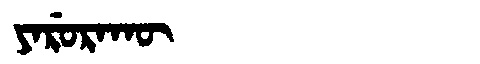
Manchu: ᠶᠠᡵᡠᡵᠠᡴᡡ
Romanization: YARURAKŪ